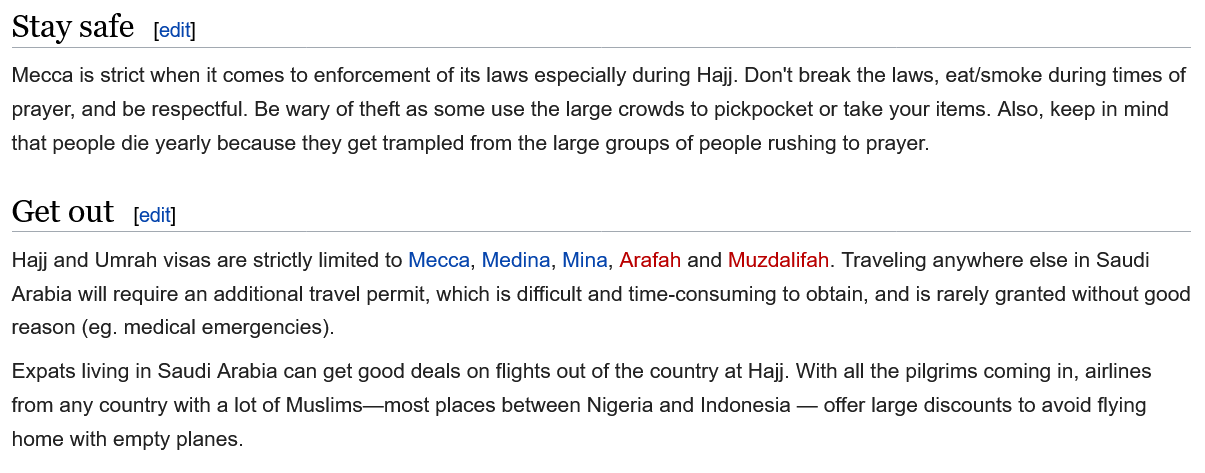
Stay  safe
  Mecca is strict when it comes to enforcement of its laws especially during Hajj. Don't break the laws, eat/smoke during times of
  prayer, and be respectful. Be wary of theft as some use the large crowds to pickpocket or take your items. Also, keep in mind
  that people die yearly because they get trampled from the large groups of people rushing to prayer.
  Hajj and Umrah visas are strictly limited to Mecca, Medina, Mina, Arafah and Muzdalifah. Traveling anywhere else in Saudi
  Arabia will require an additional travel permit, which is difficult and time-consuming to obtain, and is rarely granted without good
  reason (eg. medical emergencies).
  Expats living in Saudi Arabia can get good deals on flights out of the country at Hajj. With all the pilgrims coming in, airlines
  from any country with a lot of Muslims—most places between Nigeria and Indonesia
     —
     offer large discounts to avoid flying
  home with empty planes.
     [edit]
  Get  out   [edit]